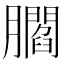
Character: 𦢨